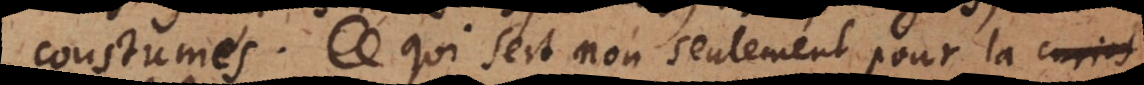
coustumes. Ce qui sert non seulement pour la